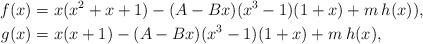
LaTeX: \begin{align*}f(x) &= x(x^2+x+1) - (A-Bx)(x^3-1)(1+x)+ m\:h(x)),\\g(x) & = x(x+1) - (A-Bx)(x^3-1)(1+x)+m\:h(x), \end{align*}